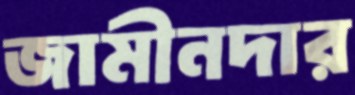
জামীনদার